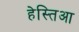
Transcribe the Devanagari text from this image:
हेस्तिआ